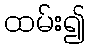
ထမ်း၍